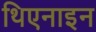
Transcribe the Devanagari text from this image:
थिएनाइन